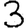
Digit: 3